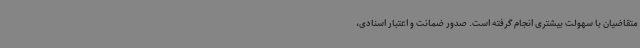
متقاضیان با سهولت بیشتری انجام گرفته است. صدور ضمانت و اعتبار اسنادی،